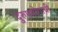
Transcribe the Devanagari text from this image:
दुरुपयोगाची